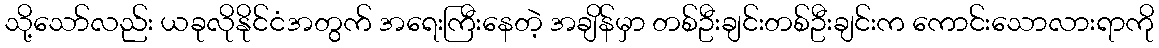
သို့သော်လည်း ယခုလိုနိုင်ငံအတွက် အရေးကြီးနေတဲ့ အချိန်မှာ တစ်ဦးချင်းတစ်ဦးချင်းက ကောင်းသောလားရာကို